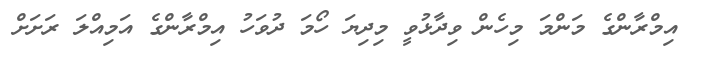
އިމްރާންގެ މަންމަ މިހެން ވިދާޅުވީ މިދިޔަ ހޯމަ ދުވަހު އިމްރާންގެ އަމިއްލަ ރަށަށް